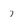
Character: 7